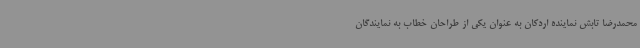
محمدرضا تابش نماینده اردکان به عنوان یکی از طراحان خطاب به نمایندگان